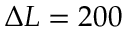
\Delta L = 2 0 0